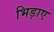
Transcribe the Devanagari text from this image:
भिड़ाए